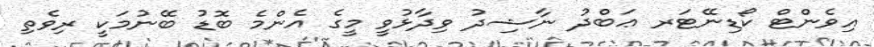
އިވެންޓް ކޯޑިނޭޓަރ ޢަބްދު ނާޝިދު ވިދާޅުވީ މީގެ އެންމެ ބޮޑު ބޭނުމަކީ ރިވެތި